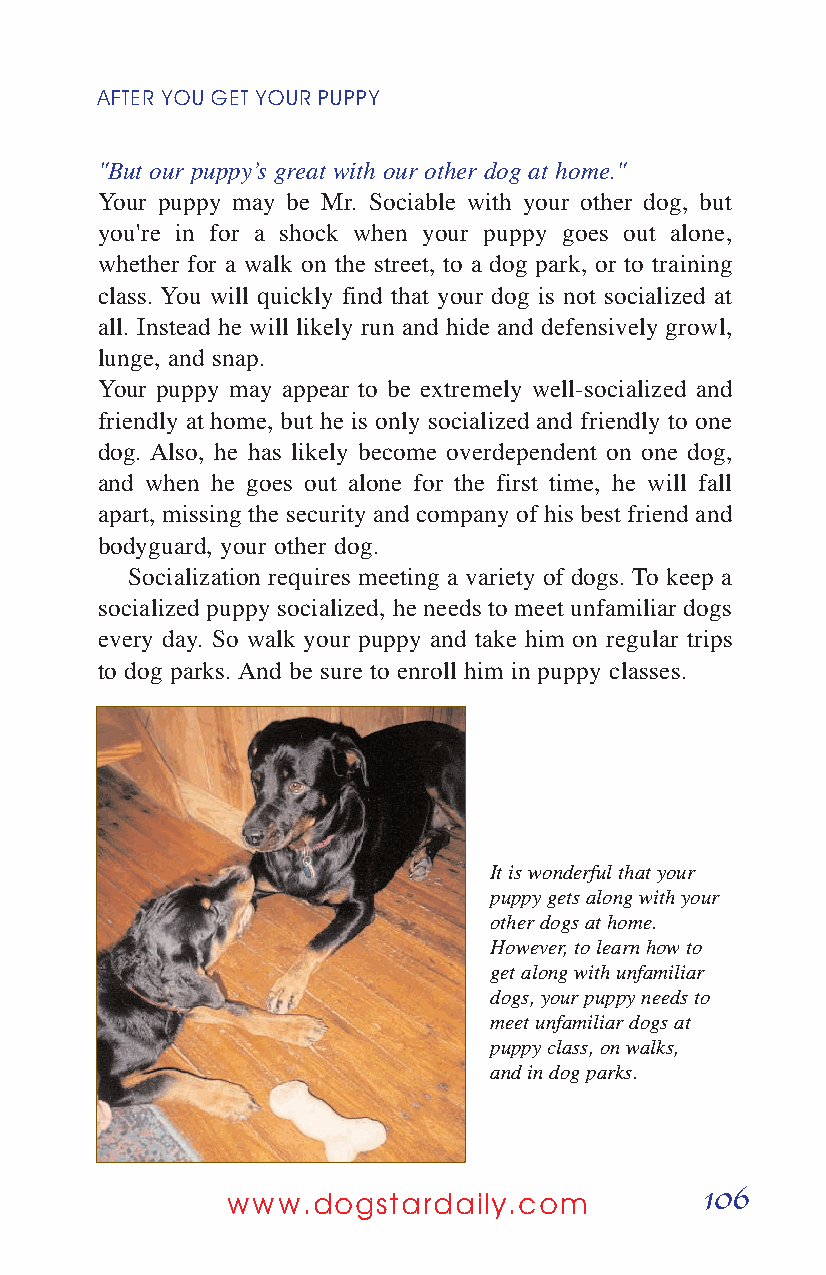
AFTER YOUGETYOURPUPPY
 "But our puppy’s great with our other dog at home."
 Your puppy may be Mr. Sociable with your other dog, but
 you're in for a shock when your puppy goes out alone,
 whether for a walk on the street, to a dog park, or to training
 class. You will quickly find that your dog is not socialized at
 all. Instead he will likely run and hide and defensively growl,
 lunge, and snap.
 Your puppy may appear to be extremely well-socialized and
 friendly at home, but he is only socialized and friendly to one
 dog. Also, he has likely become overdependent on one dog,
 and when he goes out alone for the first time, he will fall
 apart, missing the security and company of his best friend and
 bodyguard, your other dog.
 Socialization requires meeting a variety of dogs. To keep a
 socialized puppy socialized, he needs to meet unfamiliar dogs
 every day. So walk your puppy and take him on regular trips
 to dog parks. And be sure to enroll him in puppy classes.
 It is wonderful that your
 puppy gets along with your
 other dogs at home.
 However, to learn how to
 get along with unfamiliar
 dogs, your puppy needs to
 meet unfamiliar dogs at
 puppy class, on walks,
 and in dog parks.
 106
 www.dogstardaily.com